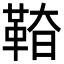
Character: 𩊵